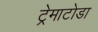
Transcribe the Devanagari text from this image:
ट्रेमाटोडा